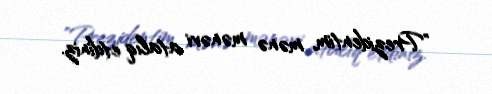
"Prezidentim, mənə mənəvi atalıq etdiniz.